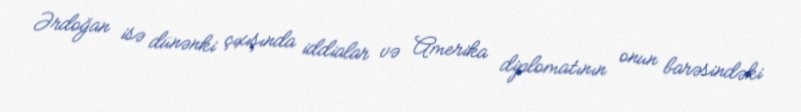
Ərdoğan isə dünənki çıxışında iddialar və Amerika diplomatının onun barəsindəki